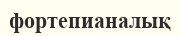
фортепианалық